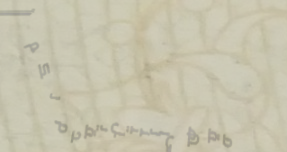
مقهى النيل يقدم لكم أجواء